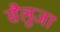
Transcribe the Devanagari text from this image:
सैलुजा